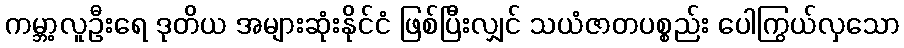
ကမ္ဘာ့လူဦးရေ ဒုတိယ အများဆုံးနိုင်ငံ ဖြစ်ပြီးလျှင် သယံဇာတပစ္စည်း ပေါကြွယ်လှသော